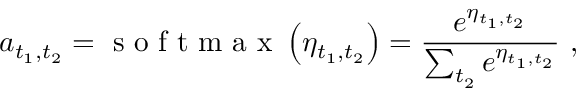
a _ { t _ { 1 } , t _ { 2 } } = \mathrm { ~ s ~ o ~ f ~ t ~ m ~ a ~ x ~ } \left( \eta _ { t _ { 1 } , t _ { 2 } } \right) = \frac { e ^ { \eta _ { t _ { 1 } , t _ { 2 } } } } { \sum _ { t _ { 2 } } { e ^ { \eta _ { t _ { 1 } , t _ { 2 } } } } } \ ,